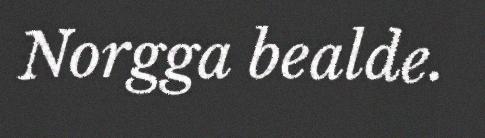
Norgga bealde.